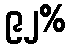
၉၂%